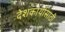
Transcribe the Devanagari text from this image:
देशकार्यासाठी